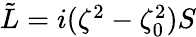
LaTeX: \begin{array}{r}{{\tilde{L}}=i(\zeta^{2}-\zeta_{0}^{2})S}\end{array}